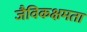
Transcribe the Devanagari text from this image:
जैविकक्षमता